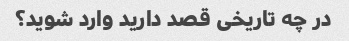
در چه تاریخی قصد دارید وارد شوید؟